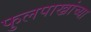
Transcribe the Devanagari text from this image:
फुलपाख्रांच्या